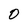
Character: 0